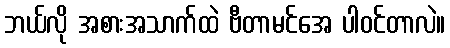
ဘယ်လို အစားအသာက်ထဲ ဗီတာမင်အေ ပါဝင်တာလဲ။